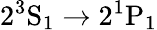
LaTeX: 2^{3}\mathrm{S}_{1}\rightarrow 2^{1}\mathrm{P}_{1}